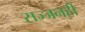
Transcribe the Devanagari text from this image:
सज्जनही